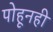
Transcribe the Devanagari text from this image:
पोहूनही